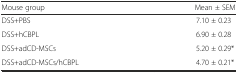
<table><thead><tr><td><b>Mouse group</b></td><td><b>Mean ± SEM</b></td></tr></thead><tbody><tr><td>DSS+PBS</td><td>7.10 ± 0.23</td></tr><tr><td>DSS+hCBPL</td><td>6.90 ± 0.28</td></tr><tr><td>DSS+adCD-MSCs</td><td>5.20 ± 0.29*</td></tr><tr><td>DSS+adCD-MSCs/hCBPL</td><td>4.70 ± 0.21*</td></tr></tbody></table>